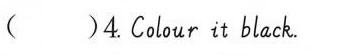
( )4.Colour it black.